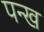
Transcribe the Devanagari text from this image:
पन्ख